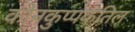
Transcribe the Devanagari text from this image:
कोनकुप्पकतिल